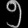
Digit: ၅